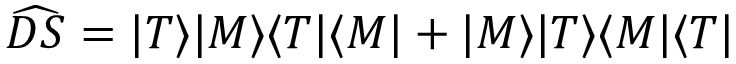
\widehat { D S } = | T \rangle | M \rangle \langle T | \langle M | + | M \rangle | T \rangle \langle M | \langle T |